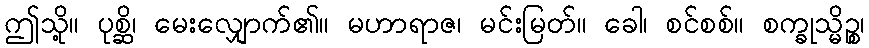
ဤသို့။ ပုစ္ဆိ၊ မေးလျှောက်၏။ မဟာရာဇ၊ မင်းမြတ်။ ခေါ၊ စင်စစ်။ စက္ခုသ္မိဉ္စ၊